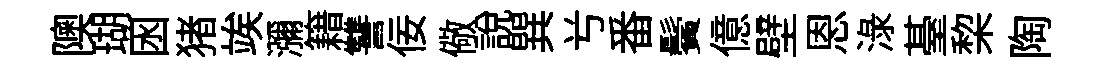
隩瑚囦猪竢瀰籍讐佞儆說巽𠔃番鬢億壁恩渌䑓棃陶